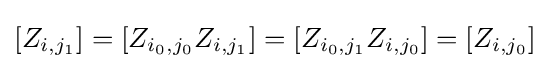
[Z_{i,j_{1}}]=[Z_{i_{0},j_{0}}Z_{i,j_{1}}]=[Z_{i_{0},j_{1}}Z_{i,j_{0}}]=[Z_{i,j_{0}}]